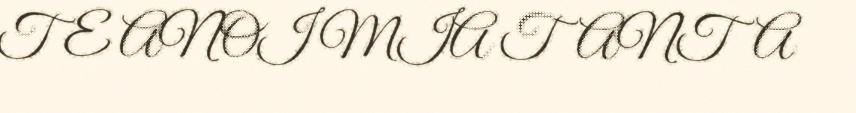
TE ANOI MIA TANTA